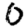
Digit: 0